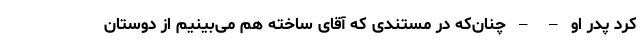
کرد پدر او – – چنان‌که در مستندی که آقای ساخته هم می‌بینیم از دوستان